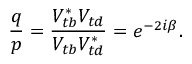
\frac { q } { p } = \frac { V _ { t b } ^ { * } V _ { t d } } { V _ { t b } V _ { t d } ^ { * } } = e ^ { - 2 i \beta } .